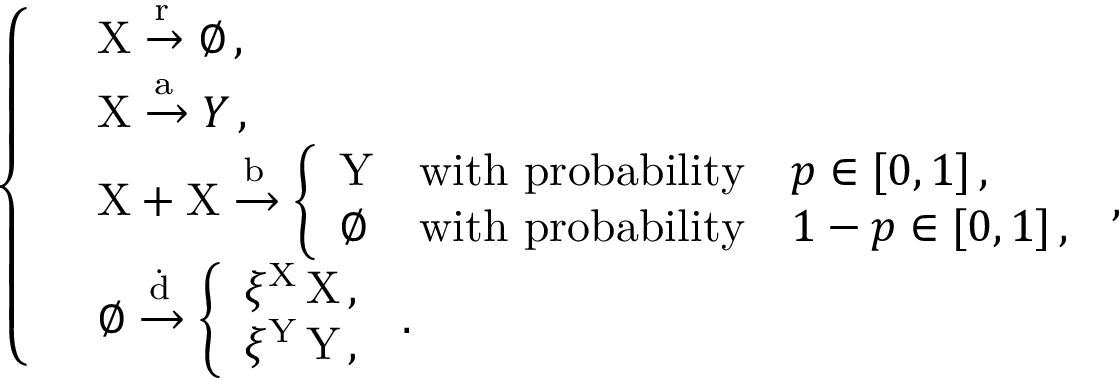
\left\{ \begin{array} { l l } & { \mathrm { X } \xrightarrow { \mathrm { r } } \emptyset \, , } \\ & { \mathrm { X } \xrightarrow { \mathrm { a } } Y \, , } \\ & { \mathrm { X } + \mathrm { X } \xrightarrow { \mathrm { b } } \left\{ \begin{array} { l l } { \mathrm { Y } } & { \mathrm { w i t h ~ p r o b a b i l i t y } \quad p \in [ 0 , 1 ] \, , } \\ { \emptyset } & { \mathrm { w i t h ~ p r o b a b i l i t y } \quad 1 - p \in [ 0 , 1 ] \, , } \end{array} \right. \, , } \\ & { \emptyset \xrightarrow { \dot { \mathrm { d } } } \left\{ \begin{array} { l l } { \xi ^ { \mathrm { X } } \, \mathrm { X } \, , } \\ { \xi ^ { \mathrm { Y } } \, \mathrm { Y } \, , } \end{array} \right. \, . } \end{array} \right.